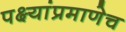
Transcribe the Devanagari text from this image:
पक्ष्यांप्रमाणेच